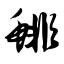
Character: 鲱